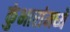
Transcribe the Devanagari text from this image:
कुंभारांमध्ये